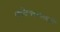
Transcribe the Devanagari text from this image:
व्यक्तिगतजानकारी